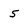
Character: 5